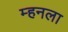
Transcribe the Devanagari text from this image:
म्हनला